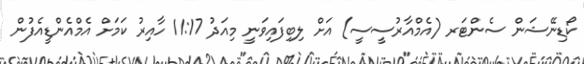
ކޯޑިނޭޝަން ސެންޓަރ (އެމްއާރުސީސީ) އަށް ލިބިފައިވަނީ މިއަދު 11:17 ހާއިރު ކަމަށް އެމްއެންޑީއެފުން